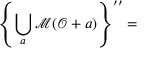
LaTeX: \left\{ \bigcup _ { a } \mathcal { M } ( \mathcal { O } + a ) \right\} ^ { \prime \prime } =